Sexual cycle of Leucocytozoon canis in the tick - Number 28
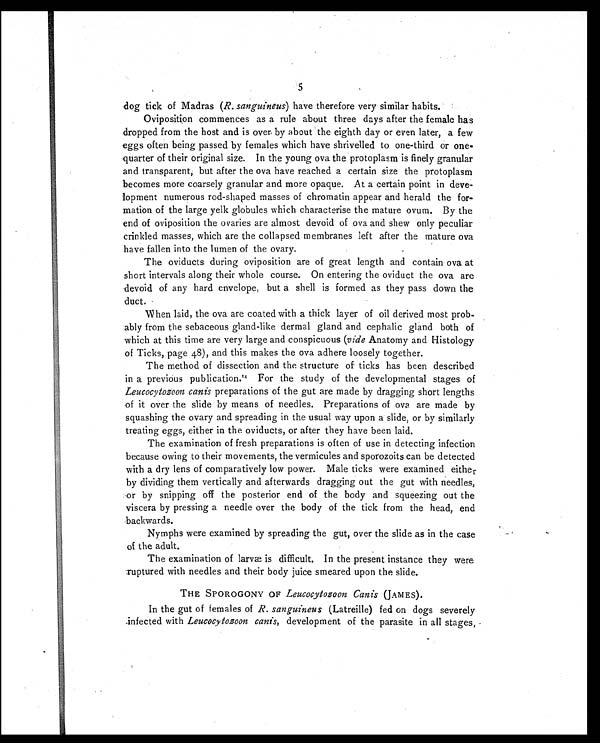
5
dog tick of Madras (R. sanguineus) have therefore very similar habits.
Oviposition commences as a rule about three days after the female has
dropped from the host and is over by about the eighth day or even later, a few
eggs often being passed by females which have shrivelled to one-third or one-
quarter of their original size. In the young ova the protoplasm is finely granular
and transparent, but after the ova have reached a certain size the protoplasm
becomes more coarsely granular and more opaque. At a certain point in deve-
lopment numerous rod-shaped masses of chromatin appear and herald the for-
mation of the large yelk globules which characterise the mature ovum. By the
end of oviposition the ovaries are almost devoid of ova and shew only peculiar
crinkled masses, which are the collapsed membranes left after the mature ova
have fallen into the lumen of the ovary.
The oviducts during oviposition are of great length and contain ova at
short intervals along their whole course. On entering the oviduct the ova are
devoid of any hard envelope, but a shell is formed as they pass down the
duct.
When laid, the ova are coated with a thick layer of oil derived most prob-
ably from the sebaceous gland-like dermal gland and cephalic gland both of
which at this time are very large and conspicuous (vide Anatomy and Histology
of Ticks, page 48), and this makes the ova adhere loosely together.
The method of dissection and the structure of ticks has been described
in a previous publication. 14 For the study of the developmental stages of
Leucocytozoon canis preparations of the gut are made by dragging short lengths
of it over the slide by means of needles. Preparations of ova are made by
squashing the ovary and spreading in the usual way upon a slide, or by similarly
treating eggs, either in the oviducts, or after they have been laid.
The examination of fresh preparations is often of use in detecting infection
because owing to their movements, the vermicules and sporozoits can be detected
with a dry lens of comparatively low power. Male ticks were examined either
by dividing them vertically and afterwards dragging out the gut with needles,
or by snipping off the posterior end of the body and squeezing out the
viscera by pressing a needle over the body of the tick from the head, end
backwards.
Nymphs were examined by spreading the gut, over the slide as in the case
of the adult.
The examination of larvæ is difficult. In the present instance they were
ruptured with needles and their body juice smeared upon the slide.
THE SPOROGONY OF Leucocytozoon Canis (JAMES).
In the gut of females of R. sanguineus (Latreille) fed on dogs severely
infected with Leucocytozoon canis, development of the parasite in all stages,